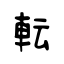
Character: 転